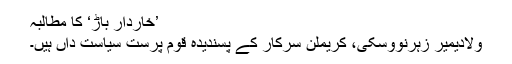
’خاردار باڑ‘ کا مطالبہ
ولادیمیر زہرنووسکی، کریملن سرکار کے پسندیدہ قوم پرست سیاست داں ہیں۔